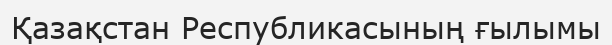
Қазақстан Республикасының ғылымы